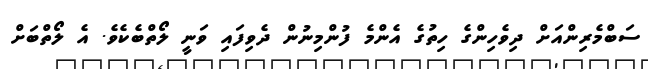
ސަބްމެރިންއަށް ދިވެހިންގެ ހިތުގެ އެންމެ ފުންމިނުން ދެވިފައި ވަނީ ލޯތްބެކެވެ. އެ ލޯތްބަށް